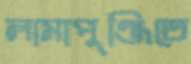
লামাপুঞ্জিতে